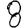
Digit: 8